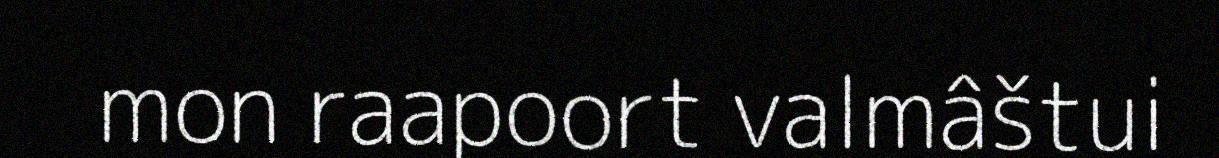
mon raapoort valmâštui